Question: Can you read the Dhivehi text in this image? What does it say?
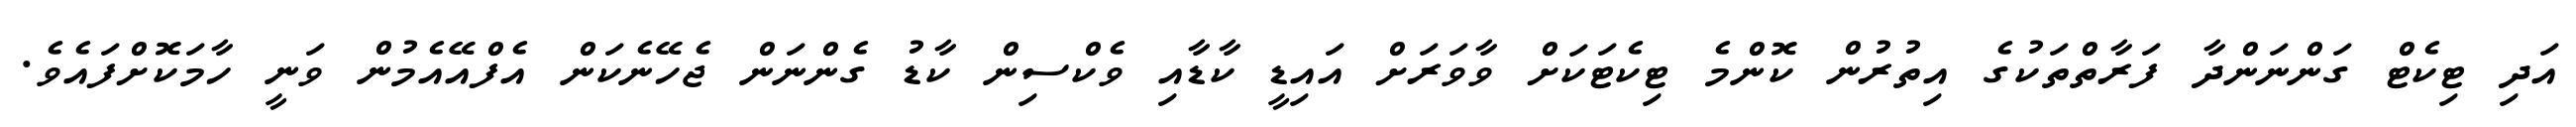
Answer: އަދި ޓިކެޓް ގަންނަންދާ ފަރާތްތަކުގެ އިތުރުން ކޮންމެ ޓިކެޓަކަށް ވާވަރަށް އައިޑީ ކާޑާއި ވެކްސިން ކާޑު ގެންނަން ޖެހޭނެކަން އެފްއޭއެމުން ވަނީ ހާމަކޮށްފައެވެ.